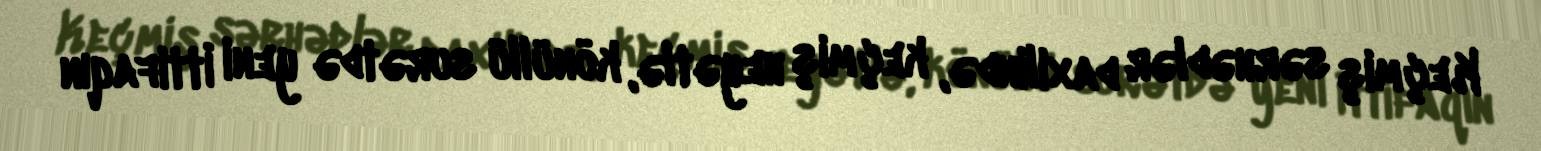
Keçmiş sərhədlər daxilində, keçmiş heyətlə, könüllü surətdə yeni İttifaqın